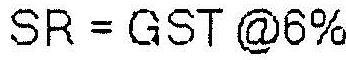
SR = GST @6%